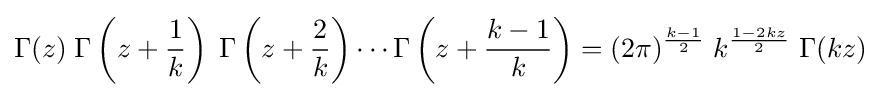
\Gamma (z)\;\Gamma \left(z+{\frac {1}{k}}\right)\;\Gamma \left(z+{\frac {2}{k}}\right)\cdots \Gamma \left(z+{\frac {k-1}{k}}\right)=(2\pi )^{\frac {k-1}{2}}\;k^{\frac {1-2kz}{2}}\;\Gamma (kz)